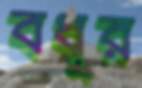
বধূর